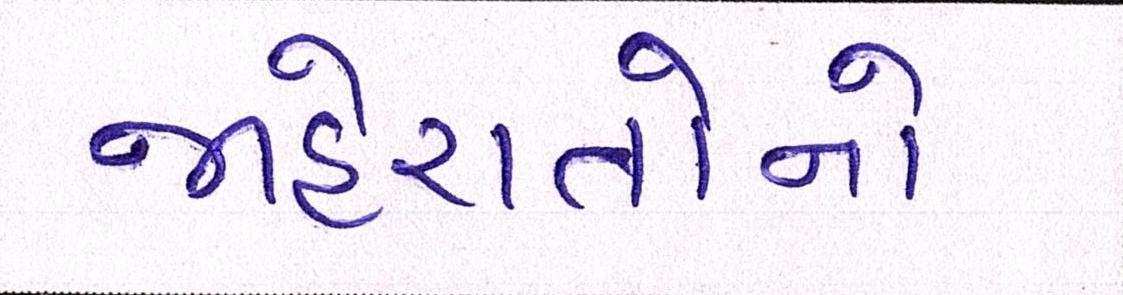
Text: જાહેરાતોનો